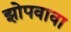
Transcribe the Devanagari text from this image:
झोपवावा